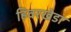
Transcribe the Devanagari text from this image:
हिवरखेडा